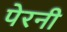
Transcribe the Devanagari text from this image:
पेरनी